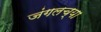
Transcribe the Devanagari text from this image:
जंगलच्या